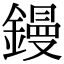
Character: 鏝